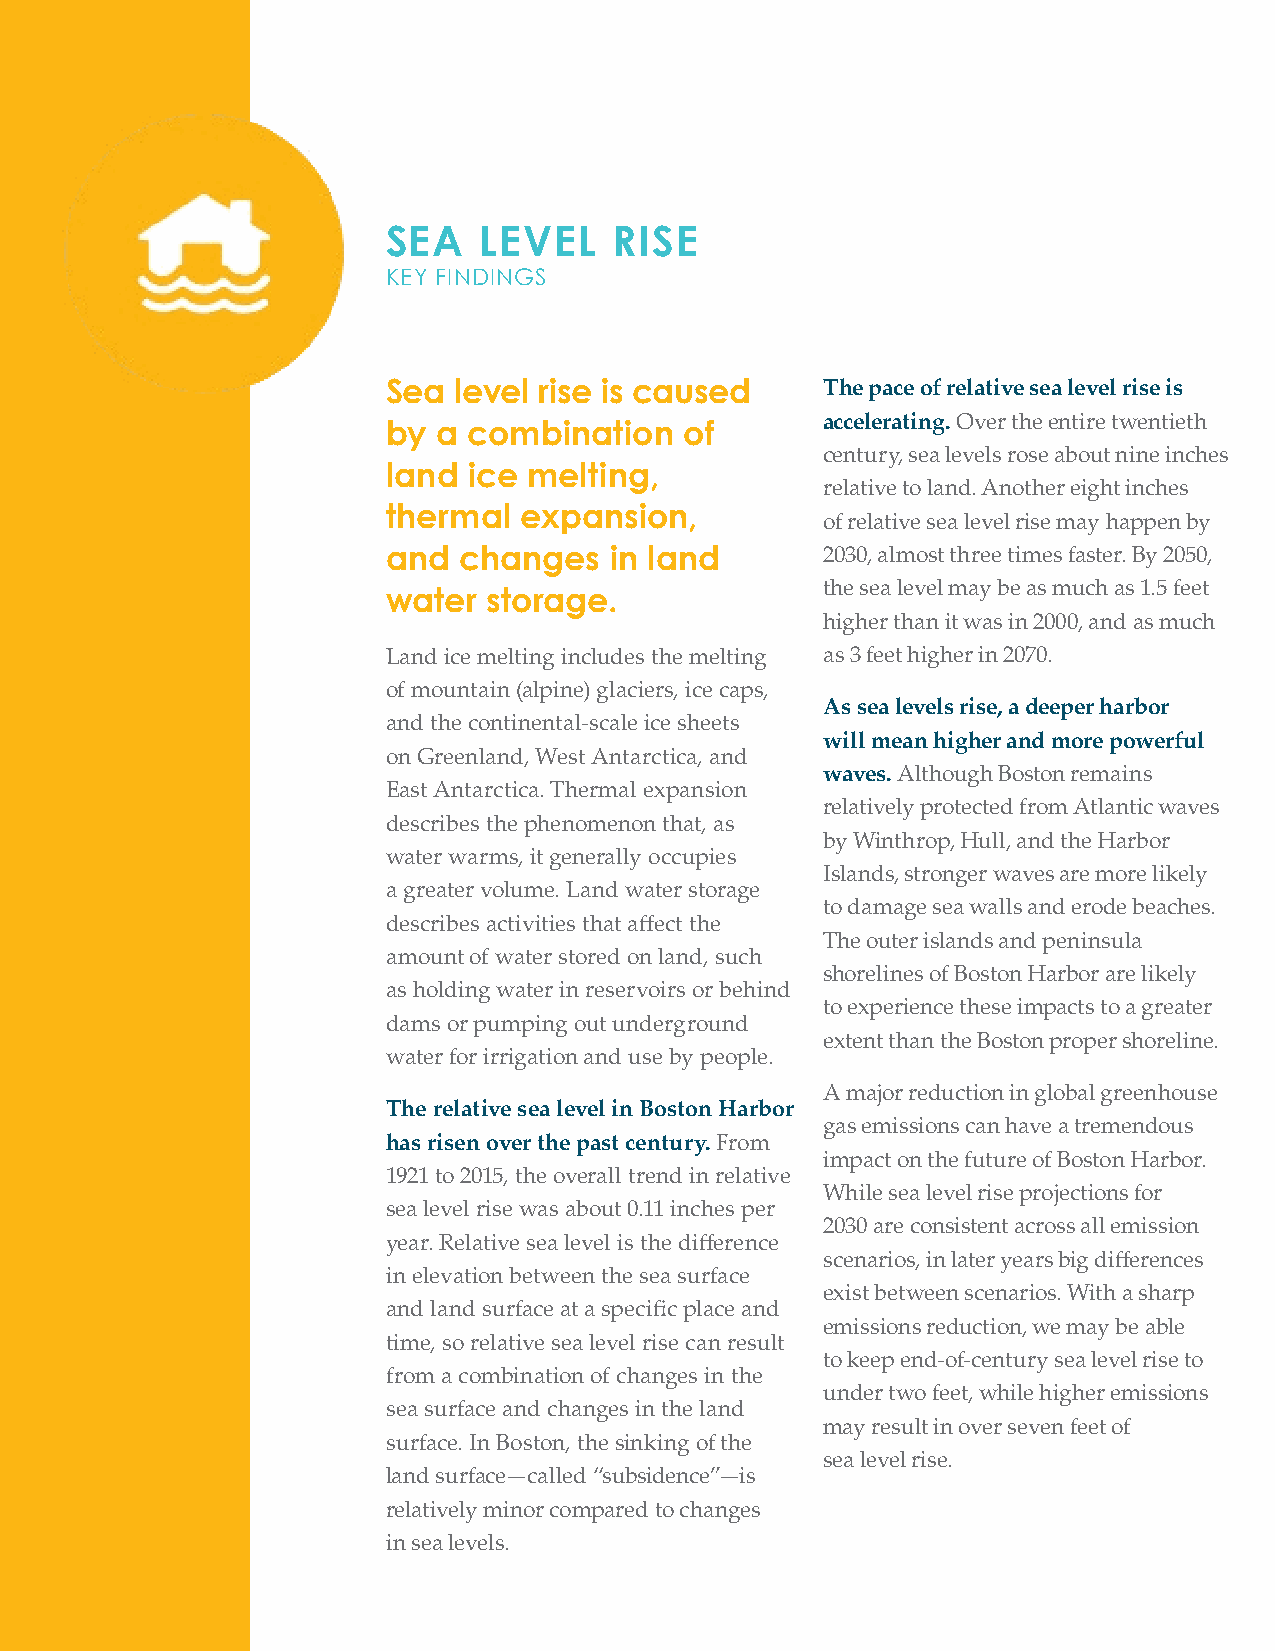
SEA LEVEL RISE IN BOSTON DURING THE TWENTY-FIRST CENTURY
 SEA   LEVEL    RISE
 KEY FINDINGS
 Sea level rise is caused     The pace of relative sea level rise is
 accelerating. Over the entire twentieth
 by a combination   of
 century, sea levels rose about nine inches
 land ice melting,
 relative to land. Another eight inches
 thermal expansion,
 of relative sea level rise may happen by
 and changes   in land        2030, almost three times faster. By 2050,
 the sea level may be as much as 1.5 feet
 water storage.
 higher than it was in 2000, and as much
 Land ice melting includes the melting as 3 feet higher in 2070.
 of mountain (alpine) glaciers, ice caps,
 As sea levels rise, a deeper harbor
 and the continental-scale ice sheets
 will mean higher and more powerful
 on Greenland, West Antarctica, and
 waves. Although Boston remains                                                         Data Source: BRAG Report, 2016
 East Antarctica. Thermal expansion
 relatively protected from Atlantic waves
 describes the phenomenon that, as
 by Winthrop, Hull, and the Harbor
 water warms, it generally occupies
 Islands, stronger waves are more likely
 a greater volume. Land water storage
 to damage sea walls and erode beaches.
 describes activities that aff ect the                                       THE AMOUNT OF SEA LEVEL RISE DEPENDS ON GREENHOUSE GAS EMISSIONS
 The outer islands and peninsula
 amount of water stored on land, such
 shorelines of Boston Harbor are likely
 as holding water in reservoirs or behind
 to experience these impacts to a greater
 dams or pumping out underground
 extent than the Boston proper shoreline.
 water for irrigation and use by people.
 A major reduction in global greenhouse
 The relative sea level in Boston Harbor
 gas emissions can have a tremendous
 has risen over the past century. From
 impact on the future of Boston Harbor.
 1921 to 2015, the overall trend in relative
 While sea level rise projections for
 sea level rise was about 0.11 inches per
 2030 are consistent across all emission
 year. Relative sea level is the diff erence
 scenarios, in later years big diff erences
 in elevation between the sea surface
 exist between scenarios. With a sharp
 and land surface at a specifi c place and
 emissions reduction, we may be able
 time, so relative sea level rise can result
 to keep end-of-century sea level rise to
 from a combination of changes in the
 under two feet, while higher emissions
 sea surface and changes in the land
 may result in over seven feet of
 surface. In Boston, the sinking of the
 sea level rise.
 land surface—called “subsidence”—is
 relatively minor compared to changes
 in sea levels.